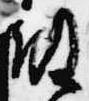
級